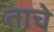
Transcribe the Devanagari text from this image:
ताचे